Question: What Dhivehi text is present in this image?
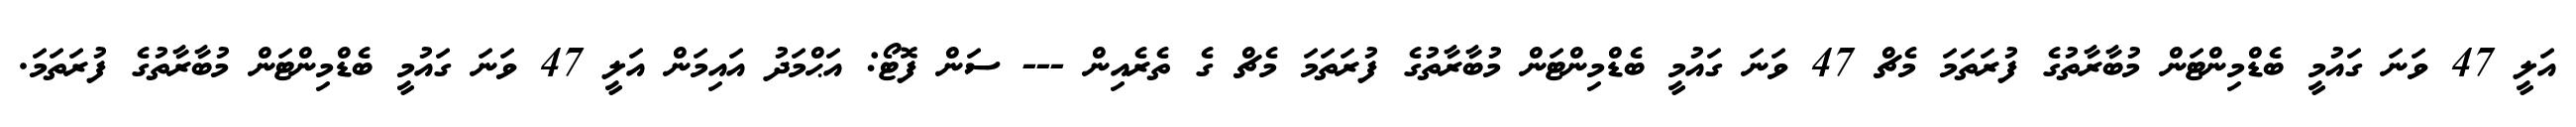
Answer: އަލީ 47 ވަނަ ގައުމީ ބެޑްމިންޓަން މުބާރާތުގެ ފުރަތަމަ މެޗް 47 ވަނަ ގައުމީ ބެޑްމިންޓަން މުބާރާތުގެ ފުރަތަމަ މެޗް ގެ ތެރެއިން --- ސަން ފޮޓޯ: އަޙްމަދު އައިމަން އަލީ 47 ވަނަ ގައުމީ ބެޑްމިންޓަން މުބާރާތުގެ ފުރަތަމަ.